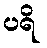
ပရိ